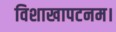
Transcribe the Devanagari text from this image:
विशाखापटनम।